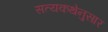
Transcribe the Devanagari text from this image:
सत्यकथेनुसार